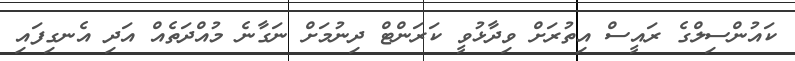
ކައުންސިލްގެ ރައީސް އިތުރަށް ވިދާޅުވީ ކަރަންޓް ދިނުމަށް ނަގާނެ މުއްދަތެއް އަދި އެނގިފައި